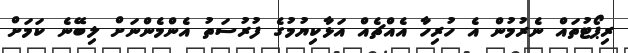
ރިޕޯޓުތައް ނެރުމުން އެ ހުރިހާ އެއްޗެއް އަޅާކިޔުމުގެ ފުރުސަތު އެންމެންނަށް ލިބޭނެ ކަމަށް